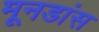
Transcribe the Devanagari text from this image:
मूनडांस